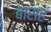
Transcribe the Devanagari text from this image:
बासह